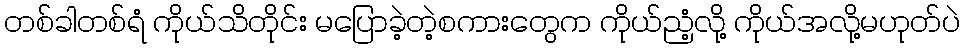
တစ်ခါတစ်ရံ ကိုယ်သိတိုင်း မပြောခဲ့တဲ့စကားတွေက ကိုယ်ညံ့လို့ ကိုယ်အလို့မဟုတ်ပဲ